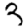
Digit: 3